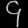
Digit: ၄